Scientific memoirs by medical officers of the Army of India - Part VIII,
Year: 1894
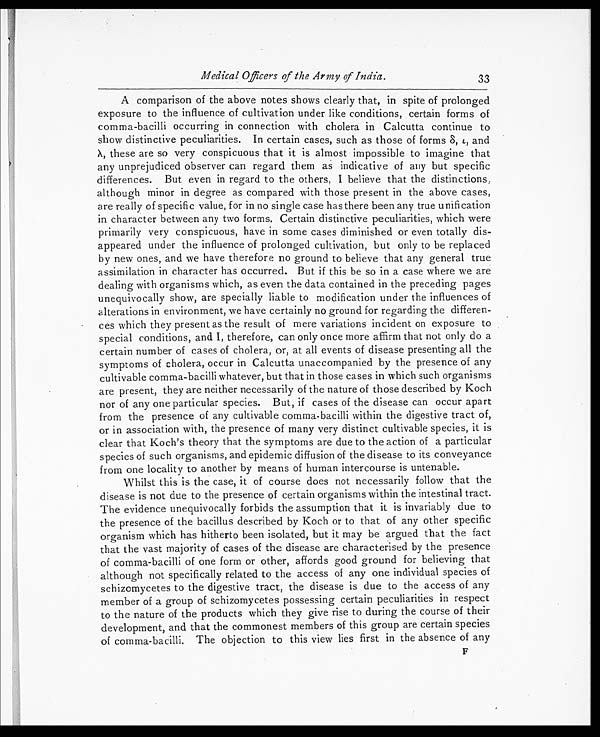
Medical Officers of the Army of India.
33
A comparison of the above notes shows clearly that, in spite of prolonged
exposure to the influence of cultivation under like conditions, certain forms of
comma-bacilli occurring in connection with cholera in Calcutta continue to
show distinctive peculiarities. In certain cases, such as those of forms δ , ι , and
λ , these are so very conspicuous that it is almost impossible to imagine that
any unprejudiced observer can regard them as indicative of any but specific
differences. But even in regard to the others, I believe that the distinctions;
although minor in degree as compared with those present in the above cases,
are really of specific value, for in no single case has there been any true unification
in character between any two forms. Certain distinctive peculiarities, which were
primarily very conspicuous, have in some cases diminished or even totally dis-
appeared under the influence of prolonged cultivation, but only to be replaced
by new ones, and we have therefore no ground to believe that any general true
assimilation in character has occurred. But if this be so in a case where we are
dealing with organisms which, as even the data contained in the preceding pages
unequivocally show, are specially liable to modification under the influences of
alterations in environment, we have certainly no ground for regarding the differen-
ces which they present as the result of mere variations incident on exposure to
special conditions, and I, therefore, can only once more affirm that not only do a
certain number of cases of cholera, or, at all events of disease presenting all the
symptoms of cholera, occur in Calcutta unaccompanied by the presence of any
cultivable comma-bacilli whatever, but that in those cases in which such organisms
are present, they are neither necessarily of the nature of those described by Koch
nor of any one particular species. But, if cases of the disease can occur apart
from the presence of any cultivable comma-bacilli within the digestive tract of,
or in association with, the presence of many very distinct cultivable species, it is
clear that Koch's theory that the symptoms are due to the action of a particular
species of such organisms, and epidemic diffusion of the disease to its conveyance
from one locality to another by means of human intercourse is untenable.
Whilst this is the case, it of course does not necessarily follow that the
disease is not due to the presence of certain organisms within the intestinal tract.
The evidence unequivocally forbids the assumption that it is invariably due to
the presence of the bacillus described by Koch or to that of any other specific
organism which has hitherto been isolated, but it may be argued that the fact
that the vast majority of cases of the disease are characterised by the presence
of comma-bacilli of one form or other, affords good ground for believing that
although not specifically related to the access of any one individual species of
schizomycetes to the digestive tract, the disease is due to the access of any
member of a group of schizomycetes possessing certain peculiarities in respect
to the nature of the products which they give rise to during the course of their
development, and that the commonest members of this group are certain species
of comma-bacilli. The objection to this view lies first in the absence of any
F